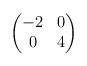
LaTeX: \begin{align*} \begin{pmatrix} -2 & 0\\ 0 & 4 \end{pmatrix} \end{align*}